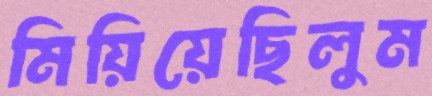
মিয়িয়েছিলুম